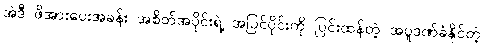
အဲဒီ ဖိအားပေးအခန်း အစိတ်အပိုင်းရဲ့ အပြင်ပိုင်းကို ပြင်းထန်တဲ့ အပူဒဏ်ခံနိုင်တဲ့